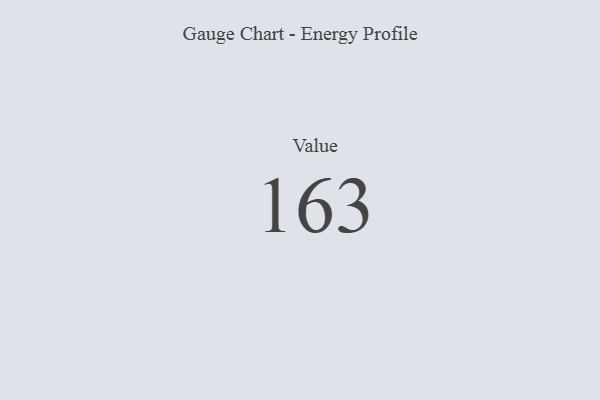
{"axis": {"x": "Metric", "y": "Value"}, "legend": [""], "data": [{"x": "Value", "y": 163, "type": ""}]}